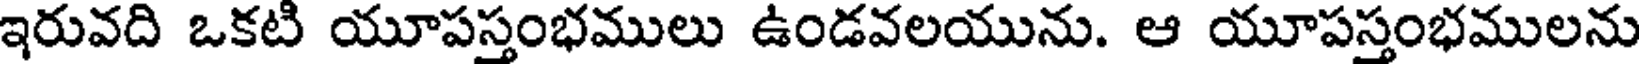
ఇరువది ఒకటి యూపస్తంభములు ఉండవలయును. ఆ యూపస్తంభములను